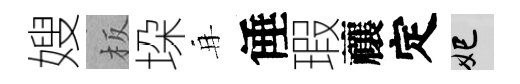
嫂板垜再倕瑕禳定妃